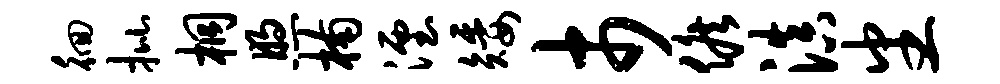
徊批桐煦楠湮矮市候滇番